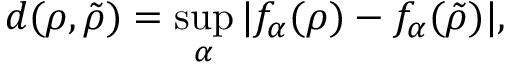
d ( \rho , \tilde { \rho } ) = \operatorname* { s u p } _ { \alpha } | f _ { \alpha } ( \rho ) - f _ { \alpha } ( \tilde { \rho } ) | ,